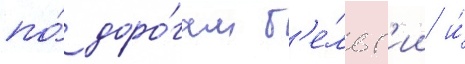
по́ доро́гам б'е́льг'ии и́